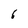
Character: 6